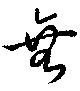
無